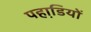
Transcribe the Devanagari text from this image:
पहाडि़यों